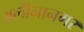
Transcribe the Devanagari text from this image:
अलीनानगर